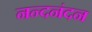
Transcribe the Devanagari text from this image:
नन्दनंदन